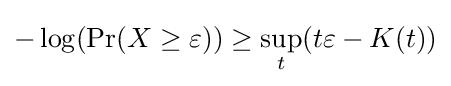
-\log(\Pr(X\geq \varepsilon ))\geq \sup _{t}(t\varepsilon -K(t))